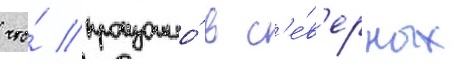
что́ произошло́ в с'е́в'ерных